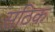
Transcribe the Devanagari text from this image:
सठिक